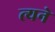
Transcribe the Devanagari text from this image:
त्यने